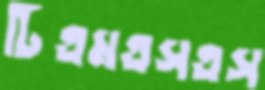
টিএমএসএস